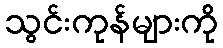
သွင်းကုန်များကို